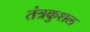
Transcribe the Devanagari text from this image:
तंत्रकुशल